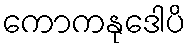
ကောကနုဒေါပိ